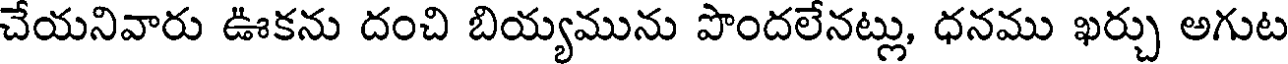
చేయనివారు ఊకను దంచి బియ్యమును పొందలేనట్లు, ధనము ఖర్చు అగుట